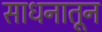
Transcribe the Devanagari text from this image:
साधनातून